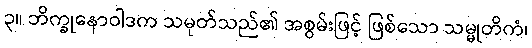
၃။ ဘိက္ခုနောဝါဒက သမုတ်သည်၏ အစွမ်းဖြင့် ဖြစ်သော သမ္မုတိကံ၊